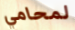
لمحامي